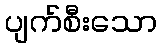
ပျက်စီးသော